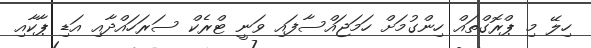
ހިލޭ މި ޕްރޮގްތައް ހިންގުމަށް ހަމަޖައްސާފައި ވަނީ ޓްރެކް ސަރަހައްދާއި އަޑި ޕާކާއި